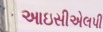
આઇસીએલપી